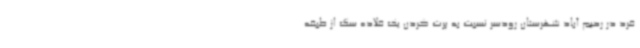
فرد در رحیم آباد شهرستان رودسر نسبت به پرت کردن یک قلاده سگ از طبقه